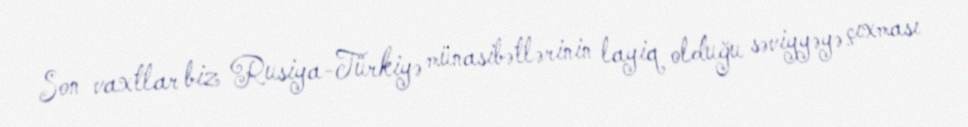
Son vaxtlar biz Rusiya-Türkiyə münasibətlərinin layiq olduğu səviyyəyə çıxması